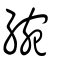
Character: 綩